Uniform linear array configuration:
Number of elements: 64
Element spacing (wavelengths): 0.5
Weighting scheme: kaiser
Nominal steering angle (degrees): -30
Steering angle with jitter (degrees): -30.725
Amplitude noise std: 0.05
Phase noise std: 0.05

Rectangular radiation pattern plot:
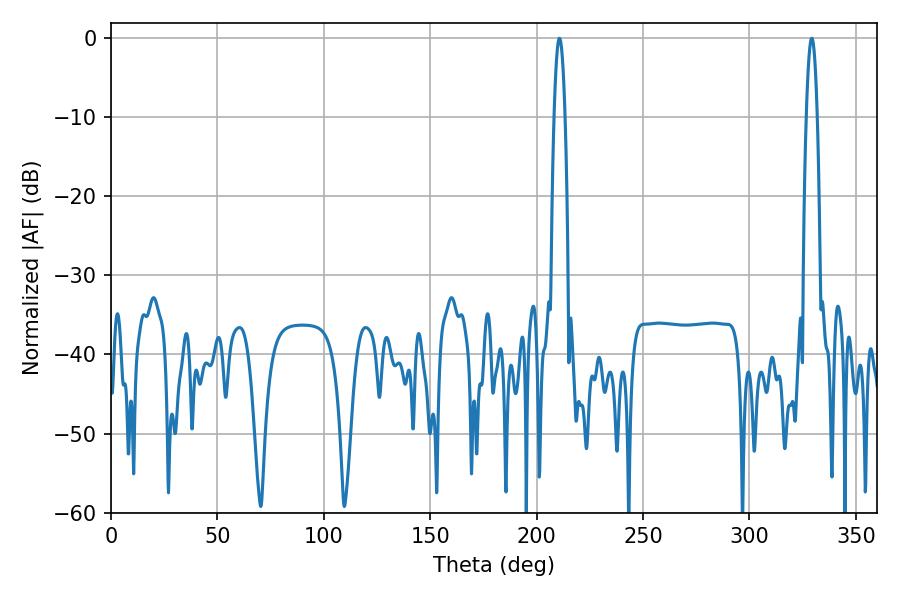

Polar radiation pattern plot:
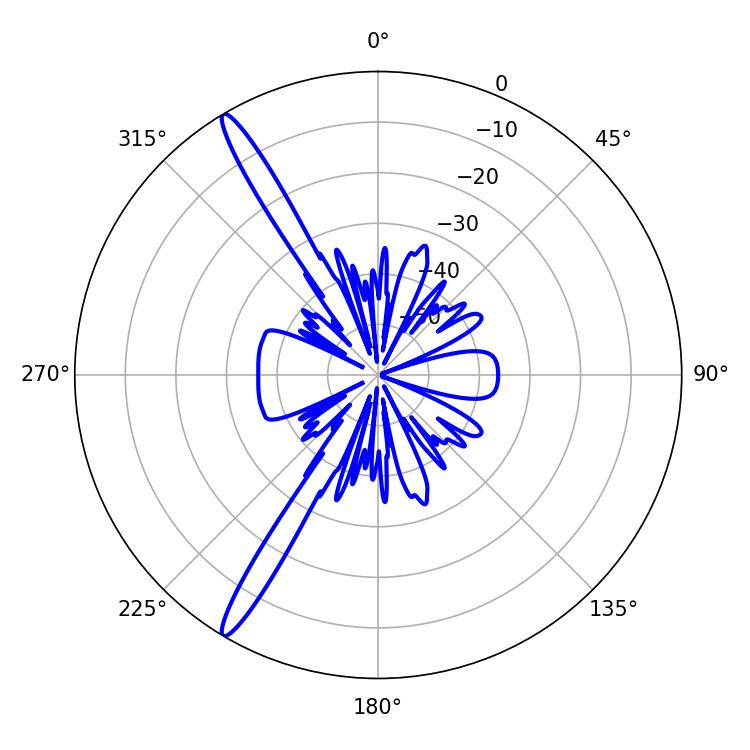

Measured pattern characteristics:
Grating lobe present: FALSE
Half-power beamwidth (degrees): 2.7
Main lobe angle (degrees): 329.22